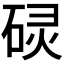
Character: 𮀡